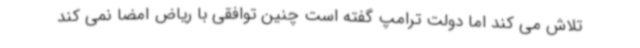
تلاش می کند اما دولت ترامپ گفته است چنین توافقی با ریاض امضا نمی کند